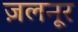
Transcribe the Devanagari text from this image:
ज़लनूर